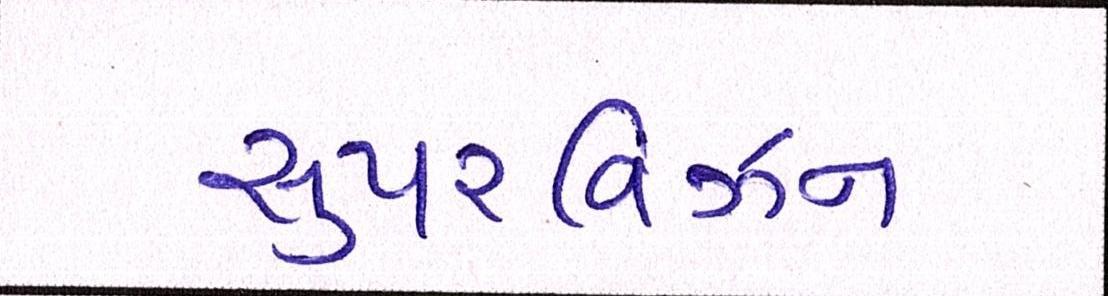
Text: સુપરવિઝન